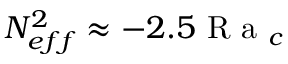
N _ { e f f } ^ { 2 } \approx - 2 . 5 \textrm { R a } _ { c }